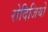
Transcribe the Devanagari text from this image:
रोदिजियो